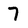
Character: 7